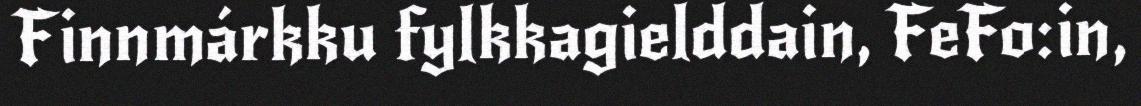
Finnmárkku fylkkagielddain, FeFo:in,